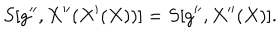
S [ g ^ { \prime \prime } , X ^ { \prime \prime } ( X ^ { \prime } ( X ) ) ] = S [ g ^ { \prime \prime } , X ^ { \prime \prime } ( X ) ] .